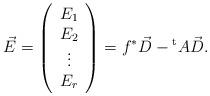
LaTeX: \begin{align*}\vec{E}=\left(\begin{array}{c}E_{1}\\E_{2}\\\vdots \\E_{r}\end{array}\right)=f^{*} \vec{D}-{}^{ \rm t}A \vec{D}.\end{align*}